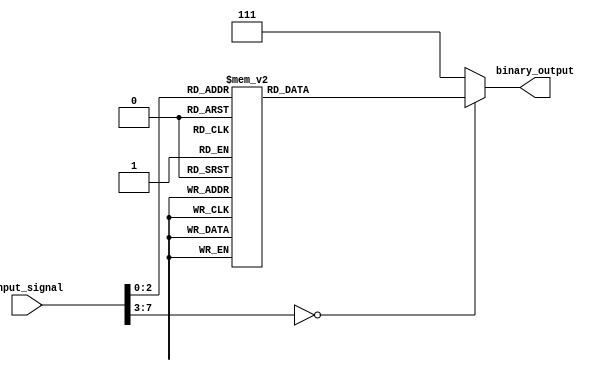
module Encoder (
    input [7:0] input_signal,
    output reg [2:0] binary_output
);

always @* begin
    case(input_signal)
        8'd0: binary_output = 3'd0;
        8'd1: binary_output = 3'd1;
        8'd2: binary_output = 3'd2;
        8'd3: binary_output = 3'd3;
        8'd4: binary_output = 3'd4;
        8'd5: binary_output = 3'd5;
        8'd6: binary_output = 3'd6;
        8'd7: binary_output = 3'd7;
        default: binary_output = 3'd7;
    endcase
end

endmodule